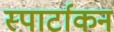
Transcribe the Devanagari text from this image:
स्पार्टाकन